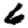
Digit: 6